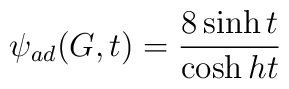
\psi _{ad}(G,t)=\frac{8\sinh t}{\cosh ht}